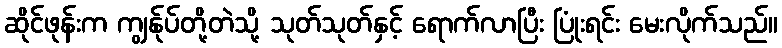
ဆိုင်ဖုန်းက ကျွန်ုပ်တို့တဲသို့ သုတ်သုတ်နှင့် ရောက်လာပြီး ပြုံးရင်း မေးလိုက်သည်။